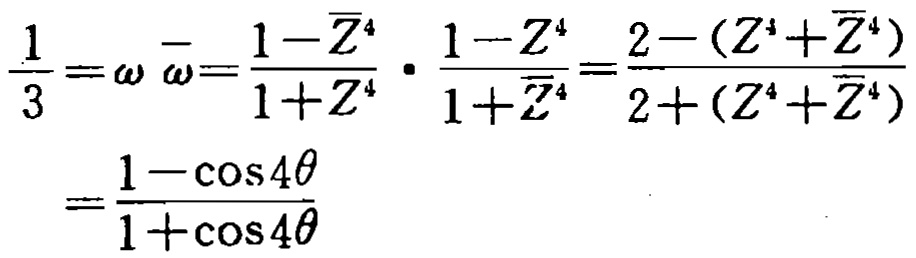
\[\begin{align*}
\frac{1}{3}=\omega\overline{\omega}&=\frac{1 - \overline{Z}^{4}}{1 + Z^{4}}\cdot\frac{1 - Z^{4}}{1+\overline{Z}^{4}}=\frac{2-(Z^{4}+\overline{Z}^{4})}{2+(Z^{4}+\overline{Z}^{4})}\\
&=\frac{1-\cos4\theta}{1 + \cos4\theta}
\end{align*}\]